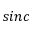
s i n c